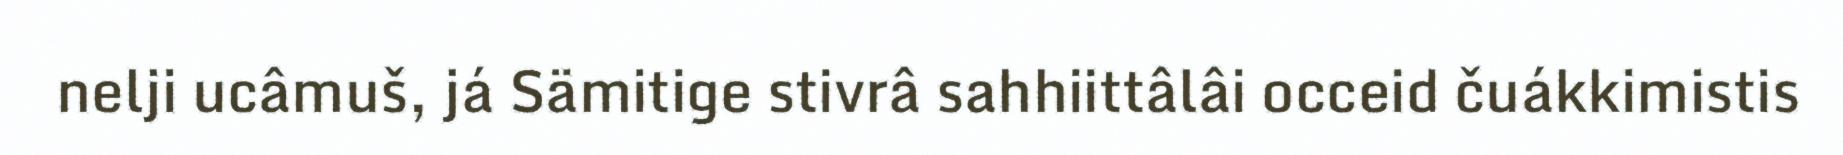
nelji ucâmuš, já Sämitige stivrâ sahhiittâlâi occeid čuákkimistis